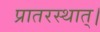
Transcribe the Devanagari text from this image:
प्रातरस्थात्।